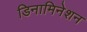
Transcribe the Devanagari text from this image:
डिनामिनेशन